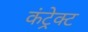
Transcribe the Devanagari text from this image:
कंट्रेक्ट